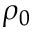
\rho _ { 0 }